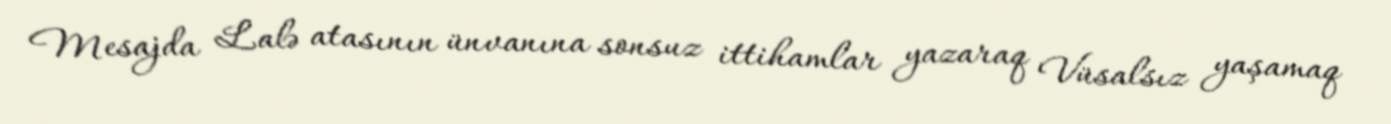
Mesajda Lalə atasının ünvanına sonsuz ittihamlar yazaraq Vüsalsız yaşamaq